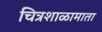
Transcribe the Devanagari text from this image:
चित्रशाळामाता